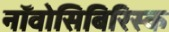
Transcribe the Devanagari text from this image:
नॉवोसिबिरिस्क